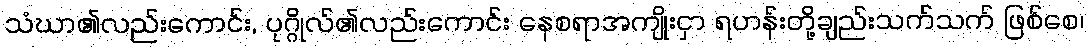
သံဃာ၏လည်းကောင်း, ပုဂ္ဂိုလ်၏လည်းကောင်း နေစရာအကျိုးငှာ ရဟန်းတို့ချည်းသက်သက် ဖြစ်စေ၊